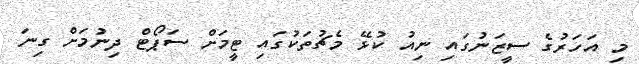
މި އަހަރުގެ ސީޒަނުގައި ނިއު ކުޅޭ މެޗުތަކުގައި ޓީމަށް ސަޕޯޓް ދިނުމަށް ގިނަ